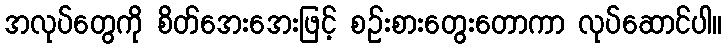
အလုပ်တွေကို စိတ်အေးအေးဖြင့် စဉ်းစားတွေးတောကာ လုပ်ဆောင်ပါ။